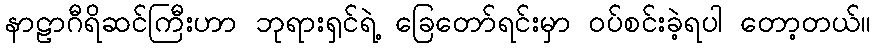
နာဠာဂီရိဆင်ကြီးဟာ ဘုရားရှင်ရဲ့ ခြေတော်ရင်းမှာ ဝပ်စင်းခဲ့ရပါ တော့တယ်။